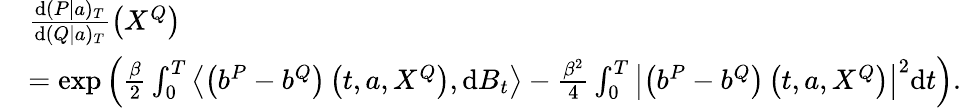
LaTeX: \begin{array}{rl}&{\frac{\mathrm{d}(P|a)_{T}}{\mathrm{d}(Q|a)_{T}}\left(X^{Q}\right)}\\ &{=\exp\left(\frac{\beta}{2}\int_{0}^{T}\left\langle\left(b^{P}-b^{Q}\right)\left(t,a,X^{Q}\right),\mathrm{d}B_{t}\right\rangle-\frac{\beta^{2}}{4}\int_{0}^{T}\left|\left(b^{P}-b^{Q}\right)\left(t,a,X^{Q}\right)\right|^{2}\mathrm{d}t\right).}\end{array}